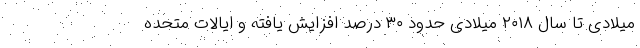
میلادی تا سال ۲۰۱۸ میلادی حدود ۳۰ درصد افزایش یافته و ایالات متحده